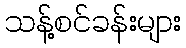
သန့်စင်ခန်းများ